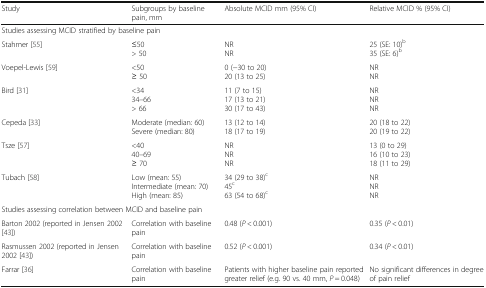
| Study | Subgroups by baseline pain, mm | Absolute MCID mm (95% CI) | Relative MCID % (95% CI) |
 | --- | --- | --- | --- |
 | <COLSPAN=4> Studies assessing MCID stratified by baseline pain |
 | Stahmer [55] | ≤50> 50 | NRNR | 25 (SE: 10)b35 (SE: 6)b |
 | Voepel-Lewis [59] | <50≥ 50 | 0 (−30 to 20)20 (13 to 25) | NRNR |
 | Bird [31] | <3434–66> 66 | 11 (7 to 15)17 (13 to 21)30 (17 to 43) | NRNRNR |
 | Cepeda [33] | Moderate (median: 60)Severe (median: 80) | 13 (12 to 14)18 (17 to 19) | 20 (18 to 22)20 (19 to 22) |
 | Tsze [57] | <4040–69≥ 70 | NRNRNR | 13 (0 to 29)16 (10 to 23)18 (11 to 29) |
 | Tubach [58] | Low (mean: 55)Intermediate (mean: 70)High (mean: 85) | 34 (29 to 38)c45c63 (54 to 68)c | NRNRNR |
 | <COLSPAN=4> Studies assessing correlation between MCID and baseline pain |
 | Barton 2002 (reported in Jensen 2002 [43]) | Correlation with baseline pain | 0.48 (P < 0.001) | 0.35 (P < 0.01) |
 | Rasmussen 2002 (reported in Jensen 2002 [43]) | Correlation with baseline pain | 0.52 (P < 0.001) | 0.34 (P < 0.01) |
 | Farrar [36] | Correlation with baseline pain | Patients with higher baseline pain reported greater relief (e.g. 90 vs. 40 mm, P = 0.048) | No significant differences in degree of pain relief |